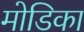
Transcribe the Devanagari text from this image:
मोडिका